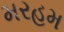
મરહમ